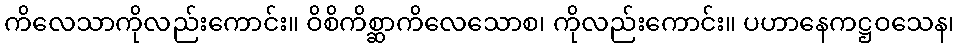
ကိလေသာကိုလည်းကောင်း။ ဝိစိကိစ္ဆာကိလေသောစ၊ ကိုလည်းကောင်း။ ပဟာနေကဋ္ဌဝသေန၊